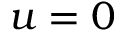
u = 0